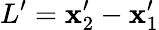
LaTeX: L^{\prime}=\mathbf{x}_{2}^{\prime}-\mathbf{x}_{1}^{\prime}